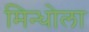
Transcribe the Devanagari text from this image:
मिन्धोला